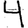
Digit: 4